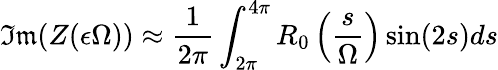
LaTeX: \mathfrak{Im}(Z(\epsilon\Omega))\approx\displaystyle\frac{1}{2\pi}\int_{2\pi}^{4\pi}R_{0}\left(\frac{s}{\Omega}\right)\sin(2s)ds